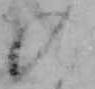
の